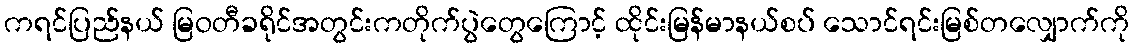
ကရင်ပြည်နယ် မြဝတီခရိုင်အတွင်းကတိုက်ပွဲတွေကြောင့် ထိုင်းမြန်မာနယ်စပ် သောင်ရင်းမြစ်တလျှောက်ကို